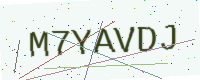
Text: M7YAVDJ